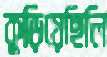
কুড়িয়েছিলি